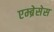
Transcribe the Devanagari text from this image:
एम्ब्रेसेस